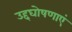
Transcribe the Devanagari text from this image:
उद्दघोषणाएं